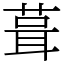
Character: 葺